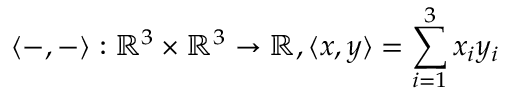
\langle - , - \rangle : \mathbb { R } ^ { 3 } \times \mathbb { R } ^ { 3 } \to \mathbb { R } , \langle x , y \rangle = \sum _ { i = 1 } ^ { 3 } x _ { i } y _ { i }